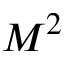
M ^ { 2 }